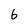
Character: 6